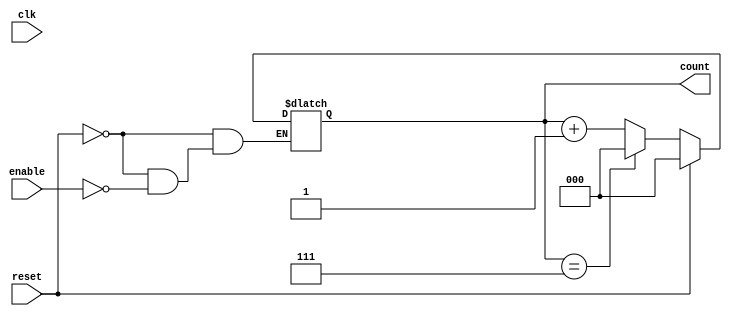
module mod_n_async_counter (
    input wire clk,         // Clock signal (not used in asynchronous counting)
    input wire reset,       // Asynchronous reset signal
    input wire enable,      // Asynchronous enable signal
    output reg [2:0] count  // 3-bit output for counting (0 to 7)
);

// Asynchronous reset and counting logic
always @(*) begin
    if (reset) begin
        count = 3'b000; // Reset count to 0
    end else if (enable) begin
        // Increment count if enable is high
        if (count == 3'b111) begin
            count = 3'b000; // Reset count to 0 when reaching 8
        end else begin
            count = count + 1'b1; // Increment count
        end
    end
end

endmodule